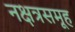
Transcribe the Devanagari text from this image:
नक्षत्रसमूह